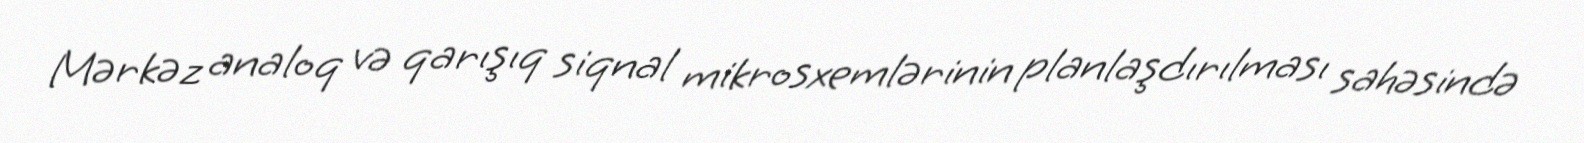
Mərkəz analoq və qarışıq siqnal mikrosxemlərinin planlaşdırılması sahəsində